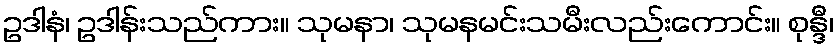
ဥဒါနံ၊ ဥဒါန်းသည်ကား။ သုမနာ၊ သုမနမင်းသမီးလည်းကောင်း။ စုန္ဒီ၊